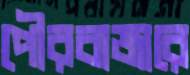
পৌরবাজারে